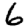
Digit: 6